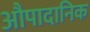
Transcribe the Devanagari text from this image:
औपादानिक